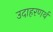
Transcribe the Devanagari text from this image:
उदाहरणर्थ